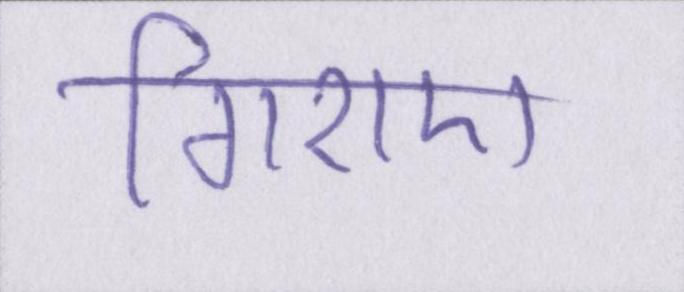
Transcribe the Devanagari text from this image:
गिराए